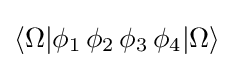
\langle \Omega |\phi _{1}\,\phi _{2}\,\phi _{3}\,\phi _{4}|\Omega \rangle